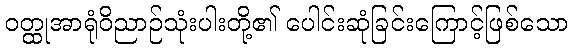
ဝတ္ထုအာရုံဝိညာဉ်သုံးပါးတို့၏ ပေါင်းဆုံခြင်းကြောင့်ဖြစ်သော